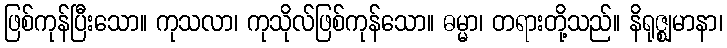
ဖြစ်ကုန်ပြီးသော။ ကုသလာ၊ ကုသိုလ်ဖြစ်ကုန်သော။ ဓမ္မာ၊ တရားတို့သည်။ နိရုဇ္ဈမာနာ၊